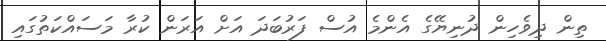
ތިން ދިވެހިން ދުނިޔޭގެ އެންމެ އުސް ފަރުބަދަ އަށް އަރަން ކުރާ މަސައްކަތުގައި